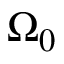
\Omega _ { 0 }